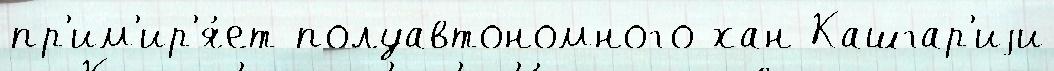
пр'им'ир'я́ет полуавтономного хан Кашгар'иjи